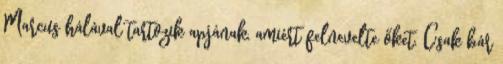
Marcus hálával tartozik apjának, amiért felnevelte őket. Csak bár